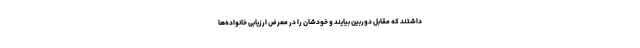
داشتند که مقابل دوربین بیایند و خودشان را در معرض ارزیابی خانواده‌ها